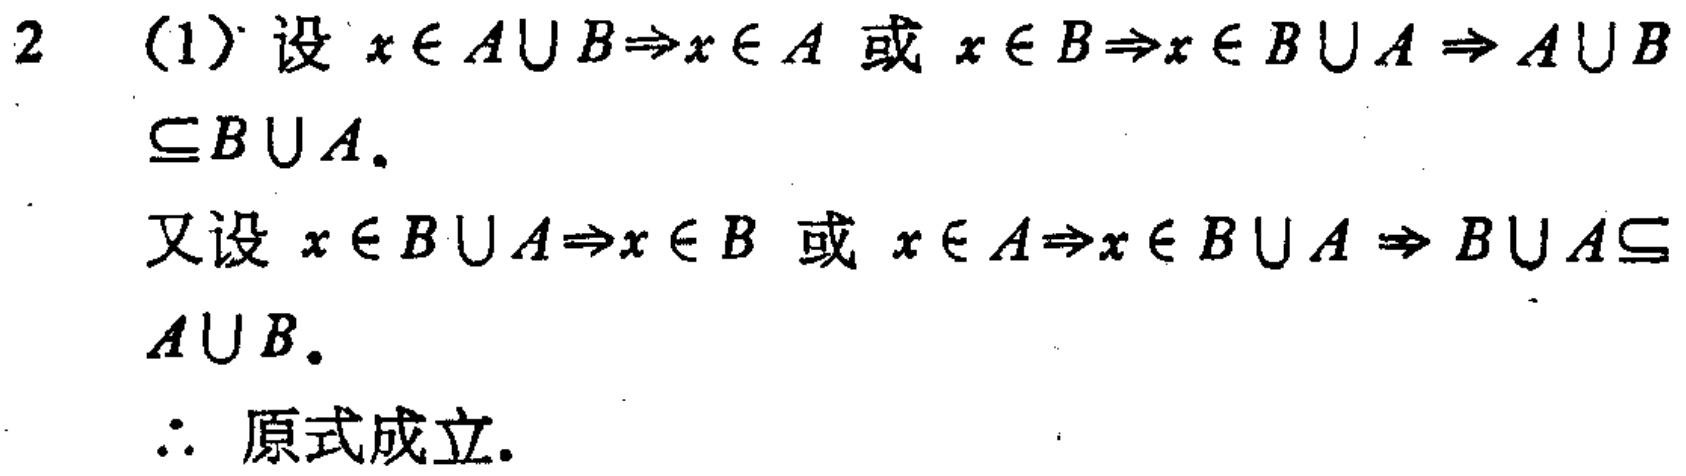
2 (1) 设 \(x\in A\cup B\Rightarrow x\in A\) 或 \(x\in B\Rightarrow x\in B\cup A\Rightarrow A\cup B\subseteq B\cup A\).

又设 \(x\in B\cup A\Rightarrow x\in B\) 或 \(x\in A\Rightarrow x\in B\cup A\Rightarrow B\cup A\subseteq A\cup B\).

\(\therefore\) 原式成立.